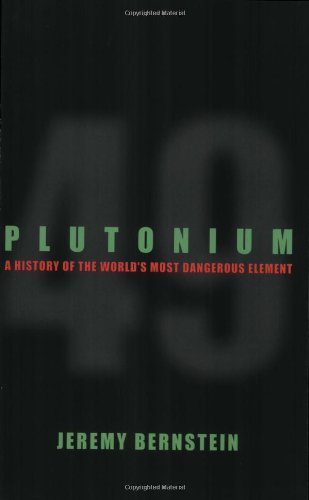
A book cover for Plutonium: A History of the World's Most Dangerous Element; Jeremy Bernstein; Science & Math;